Annual report of the Punjab Veterinary College and of the Civil Veterinary Department, Punjab - 1894-1908
Year: 1894
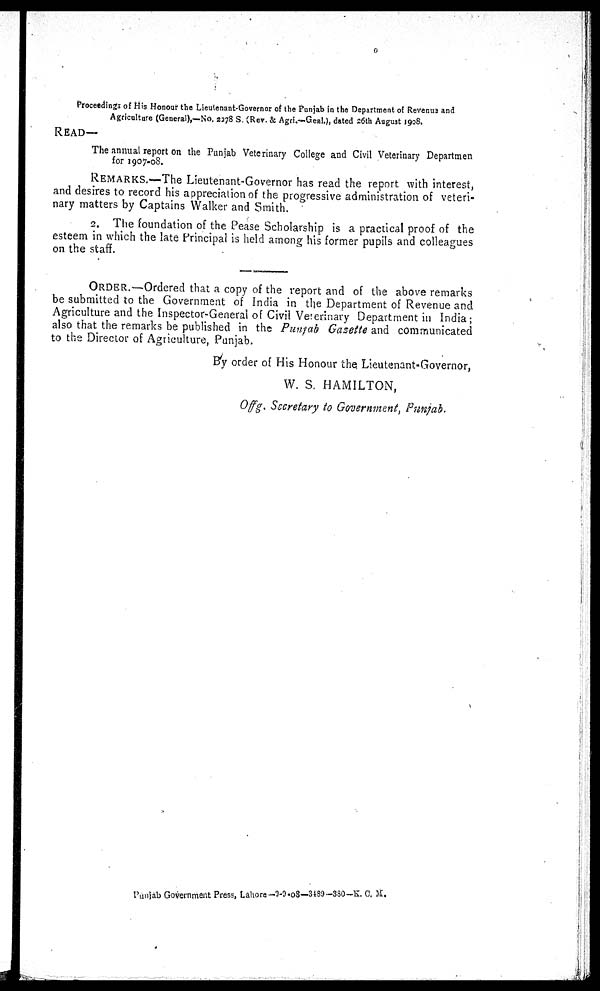
Proceedings of His Honour the Lieutenant-Governor of the Punjab in the Department of Revenue and
Agriculture (General),—No. 2278 S. (Rev. & Agri.—Genl.), dated 26th August 1908.
READ—
The annual report on the Punjab Veterinary College and Civil Veterinary Departmen
for 1907-08.
REMARKS.—The Lieutenant-Governor has read the report with interest,
and desires to record his appreciation of the progressive administration of veteri-
nary matters by Captains Walker and Smith.
2. The foundation of the Pease Scholarship is a practical proof of the
esteem in which the late Principal is held among his former pupils and colleagues
on the staff.
ORDER.—Ordered that a copy of the report and of the above remarks
be submitted to the Government of India in the Department of Revenue and
Agriculture and the Inspector-General of Civil Veterinary Department in India;
also that the remarks be published in the Punjab Gazette and communicated
to the Director of Agriculture, Punjab.
By order of His Honour the Lieutenant-Governor,
W. S. HAMILTON,
Of f g. Secretary to Government, Punjab.
Punjab Government Press, Lahore -9-9-08-3489-380-K. C. M.